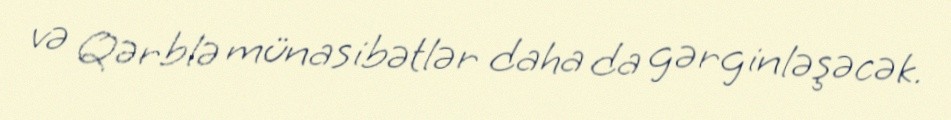
və Qərblə münasibətlər daha da gərginləşəcək.